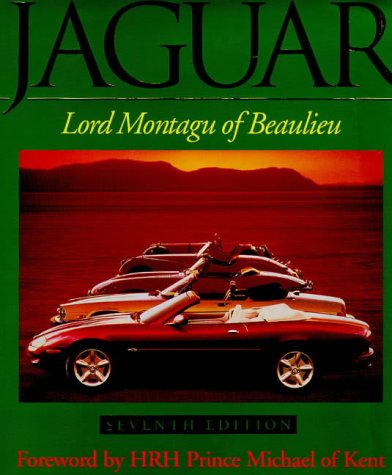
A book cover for Jaguar; Edward John Barrington Douglas-Scott-Montagu, Baron Montagu of Beaulieu; Engineering & Transportation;